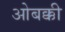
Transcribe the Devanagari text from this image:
ओबक्की